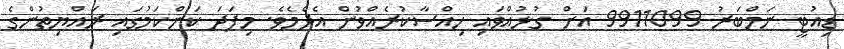
ޑިއުޓީ ނަމްބަރު 9911099 އަށް ގުޅުއްވައި ހިއްސާކުރެއްވުން އެދެމެވެ. މިފަދަ ކަންކަމުގައި ރައްޔިތުންގެ